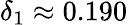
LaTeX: \delta_{1}\approx 0.190